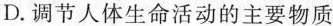
D.调节人体生命活动的主要物质